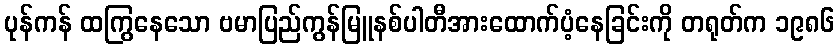
ပုန်ကန် ထကြွနေသော ဗမာပြည်ကွန်မြူနစ်ပါတီအားထောက်ပံ့နေခြင်းကို တရုတ်က ၁၉၈၆